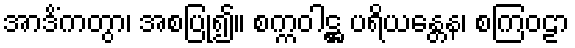
အာဒိံကတွာ၊ အစပြု၍။ စက္ကဝါဋ္ဌ ပရိယန္တေန၊ စကြဝဠာ